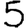
Digit: 5